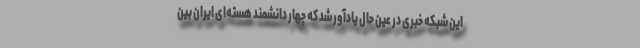
این شبکه خبری در عین حال یادآور شد که چهار دانشمند هسته‌ای ایران بین‌